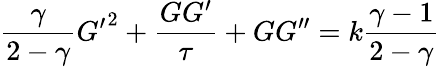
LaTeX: {\frac{\gamma}{2-\gamma}}{G^{\prime}}^{2}+{\frac{GG^{\prime}}{\tau}}+GG^{\prime\prime}=k{\frac{\gamma-1}{2-\gamma}}